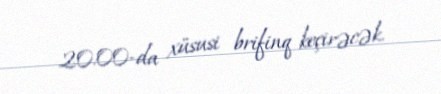
20:00-da xüsusi brifinq keçirəcək.